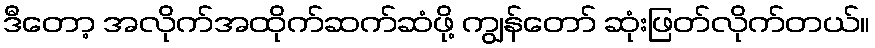
ဒီတော့ အလိုက်အထိုက်ဆက်ဆံဖို့ ကျွန်တော် ဆုံးဖြတ်လိုက်တယ်။